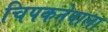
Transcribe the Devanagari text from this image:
चिपकनेवाला